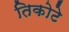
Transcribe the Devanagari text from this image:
तिकोटे